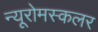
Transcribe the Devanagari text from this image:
न्यूरोमस्कलर